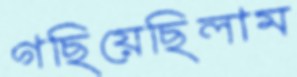
গছিয়েছিলাম